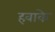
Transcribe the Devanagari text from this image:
हवाके